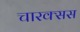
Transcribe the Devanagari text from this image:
चारक्सस